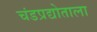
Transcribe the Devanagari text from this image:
चंडप्रद्योताला